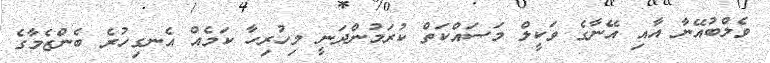
ވެލްބުއޭނާ އާއި އޭނާގެ ވަކީލް މަސައްކަތް ކުރަމުންދަނީ މިހުރިހާ ކަމެއް އެނގިހުރެ ބެންޒެމާގެ